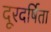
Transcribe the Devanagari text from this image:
दूरदर्षिता